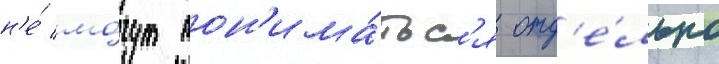
н'е́ мо́гут пон'има́тьс'я отд'е́льно